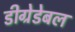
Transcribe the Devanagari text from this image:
डीग्रेडेबल